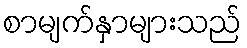
စာမျက်နှာများသည်